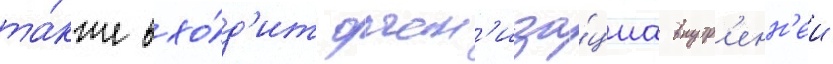
та́кже вхо́д'ит орган'иза́циа внутр'енн'еи